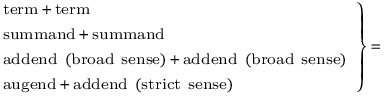
\scriptstyle \left. { \begin{array} { l } { \scriptstyle { \mathrm { t e r m } } \, + \, { \mathrm { t e r m } } } \\ { \scriptstyle { \mathrm { s u m m a n d } } \, + \, { \mathrm { s u m m a n d } } } \\ { \scriptstyle { \mathrm { a d d e n d ~ ( b r o a d ~ s e n s e ) } } \, + \, { \mathrm { a d d e n d ~ ( b r o a d ~ s e n s e ) } } } \\ { \scriptstyle { \mathrm { a u g e n d } } \, + \, { \mathrm { a d d e n d ~ ( s t r i c t ~ s e n s e ) } } } \end{array} } \right\} \, =